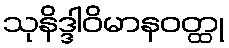
သုနိဒ္ဒါဝိမာနဝတ္ထု